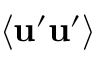
\langle { { \bf { u } } ^ { \prime } { \bf { u } } ^ { \prime } } \rangle